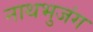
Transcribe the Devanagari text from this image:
नाथभुजंग